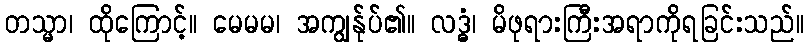
တသ္မာ၊ ထိုကြောင့်။ မေမမ၊ အကျွန်ုပ်၏။ လဒ္ဓံ၊ မိဖုရားကြီးအရာကိုရခြင်းသည်။